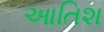
આતિશ